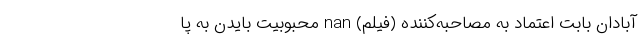
آبادان بابت اعتماد به مصاحبه‌کننده (فیلم) nan محبوبیت بایدن به پا